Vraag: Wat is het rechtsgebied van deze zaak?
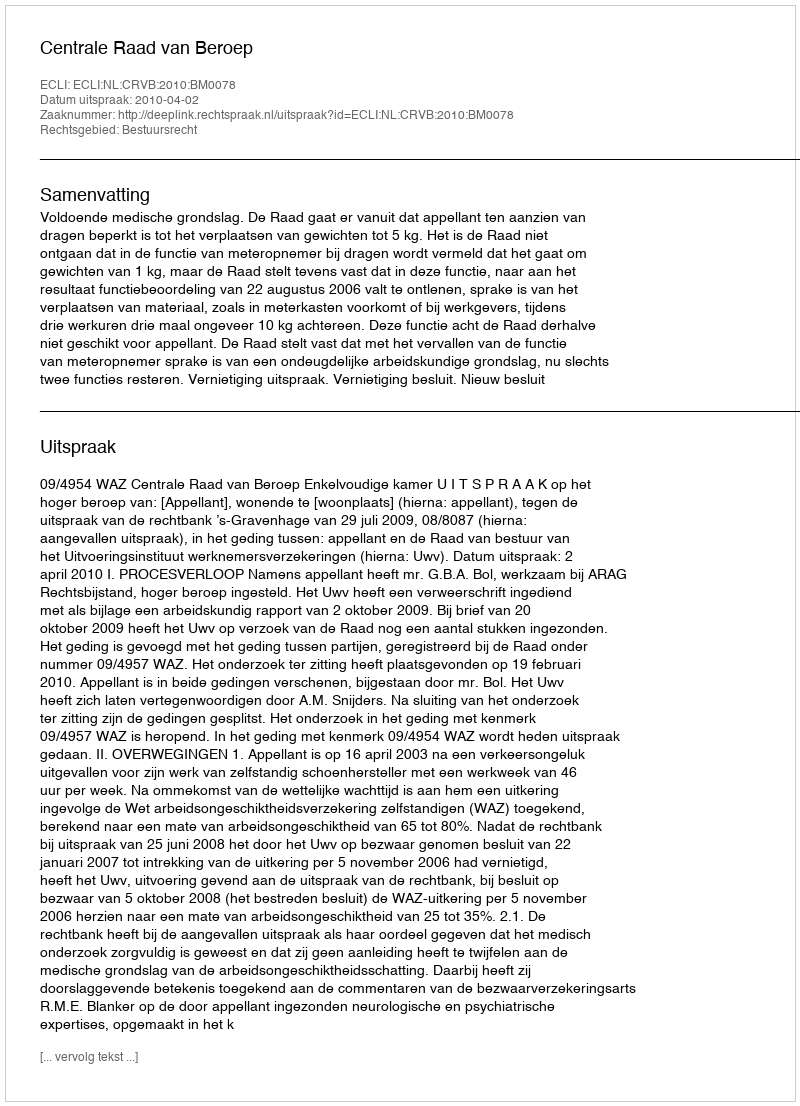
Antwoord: Bestuursrecht